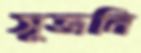
সুজনি